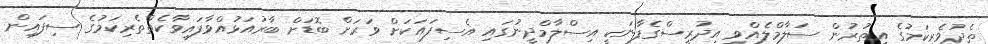
ތެދުވެރިކަމުގެ އިތުރުން ސަލާމްލެއްވި އިދުރީސްގެފާނަކީ އިސްލާމްދީނުގައި އެސިފައަކަށް ވަރަށް ބޮޑަށް ބާރުއަޅުއްވާފައިވާކެތްތެރިކަމުގެ ސިފައިން